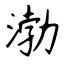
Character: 渤